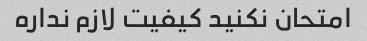
امتحان نکنید کیفیت لازم نداره